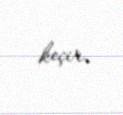
keçir.